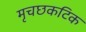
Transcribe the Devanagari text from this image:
मृचछकटिक